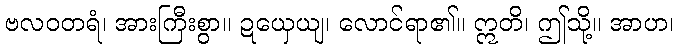
ဗလဝတရံ၊ အားကြီးစွာ။ ဍယှေယျ၊ လောင်ရာ၏။ ဣတိ၊ ဤသို့။ အာဟ၊